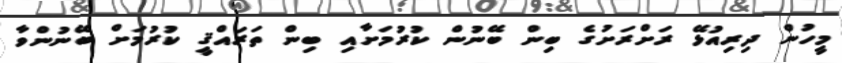
މީހުން ދިރިއުޅޭ ރަށްރަށުގެ ބިން ބޭނުން ކުރުމަށާއި ބިން ތަރައްޤީ ކުރުމަށް ބޭނުންވާ